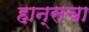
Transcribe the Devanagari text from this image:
हान्सचा